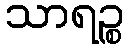
သာရဉ္စ